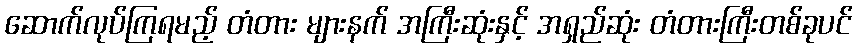
ဆောက်လုပ်ကြရမည့် တံတား များနက် အကြီးဆုံးနှင့် အရှည်ဆုံး တံတားကြီးတစ်ခုပင်